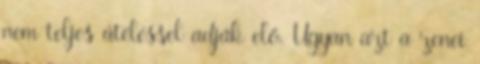
nem teljes átéléssel adják elő. Ugyan azt a zenei